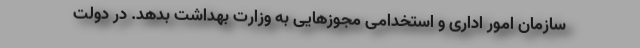
سازمان امور اداری و استخدامی مجوزهایی به وزارت بهداشت بدهد. در دولت